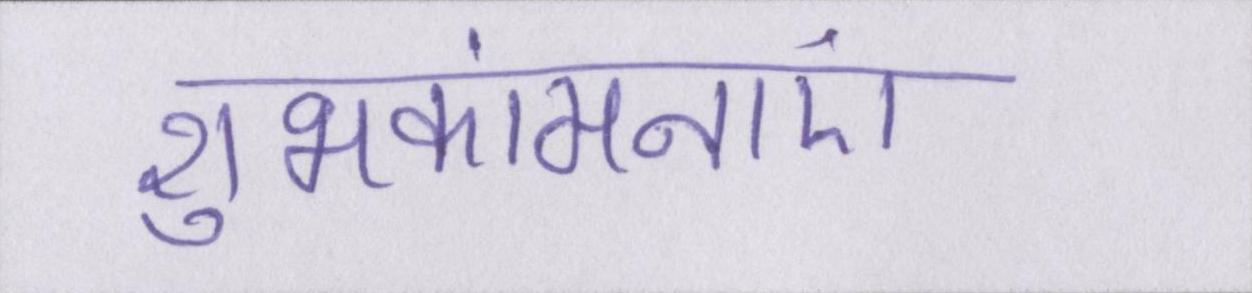
शुभकांमनाएं